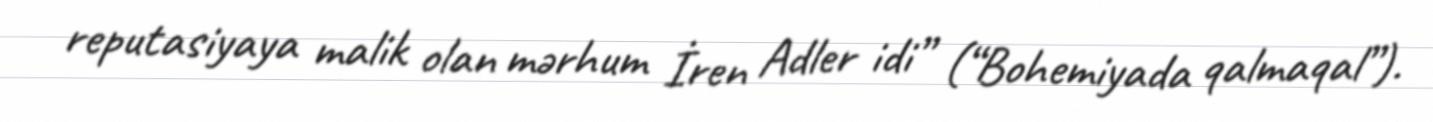
reputasiyaya malik olan mərhum İren Adler idi” (“Bohemiyada qalmaqal”).